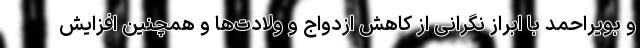
و بویراحمد با ابراز نگرانی از کاهش ازدواج و ولادت‌ها و همچنین افزایش